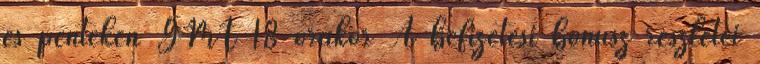
és pénteken GMT 18 órakor A befizetési bónusz részletei